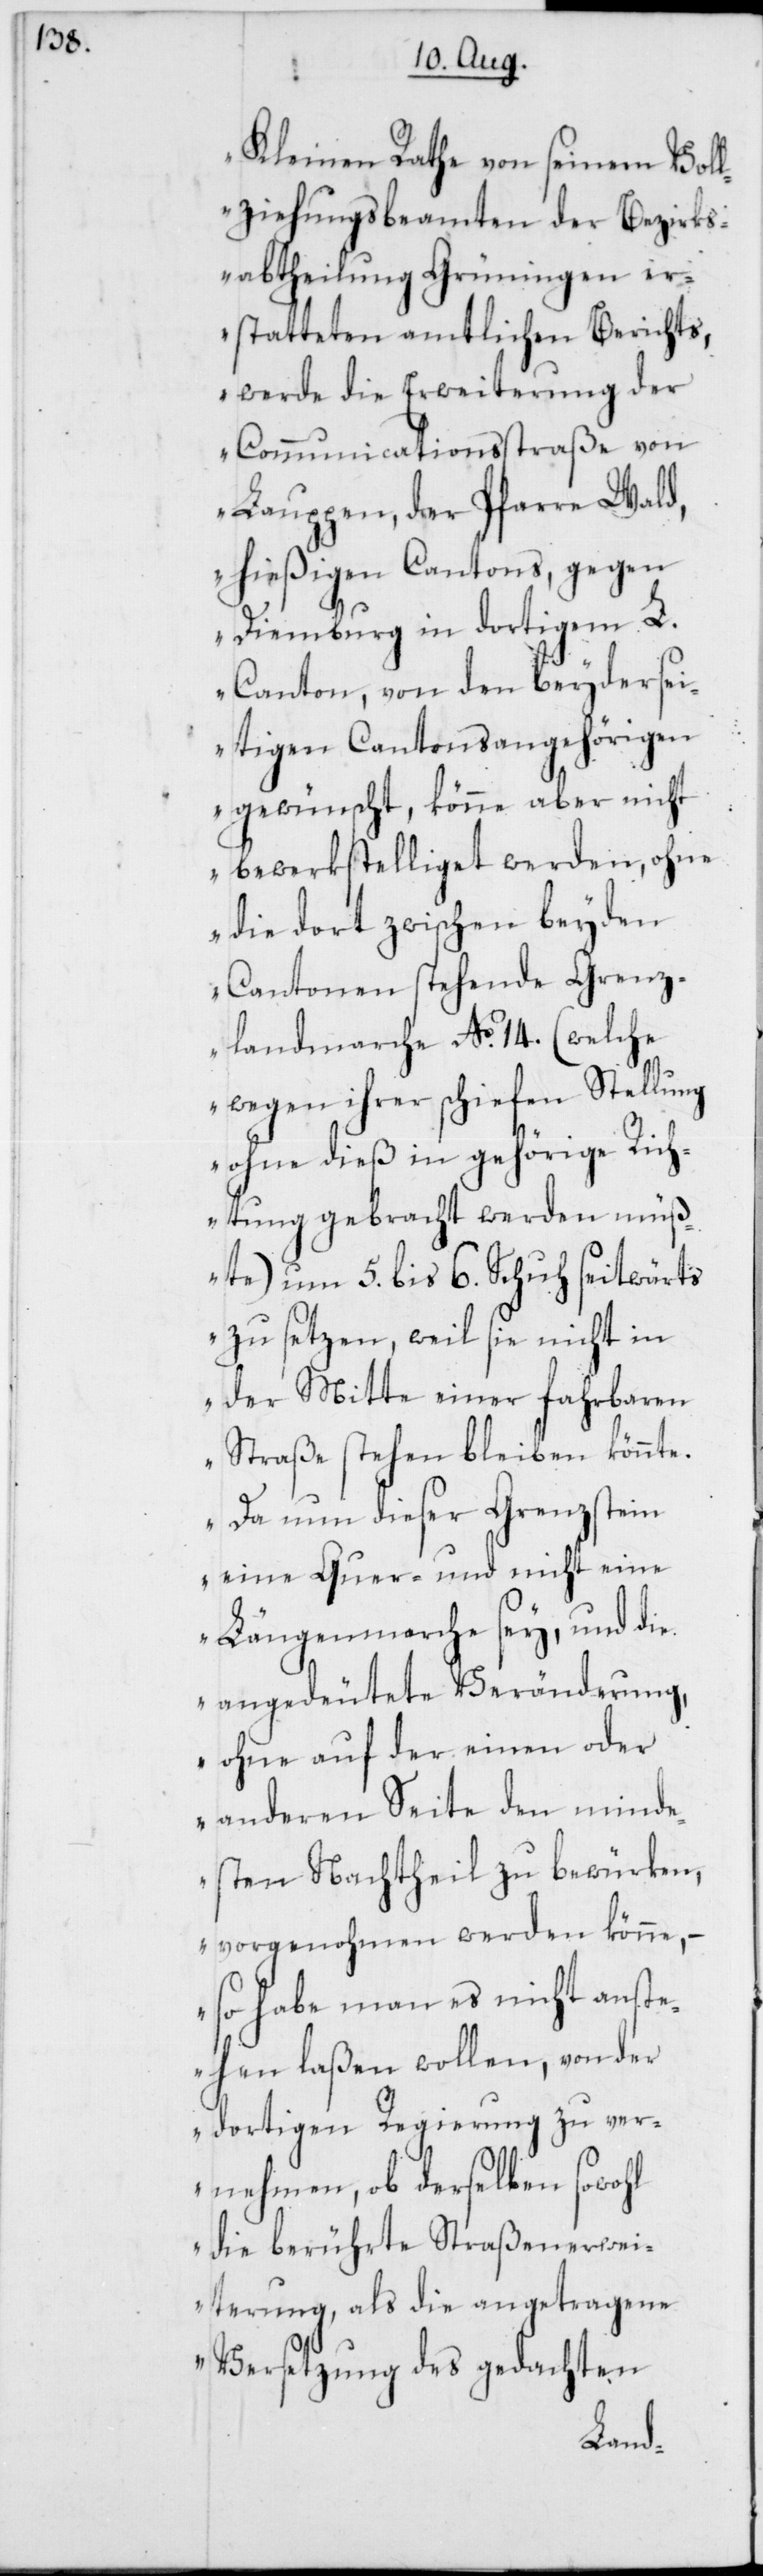
Kleinen Rathe von seinem Vol¬
lziehungsbeamten der Bezirks¬
abtheilung Grüningen er¬
statteten amtlichen Berichts,
werde die Erweiterung der
Communicationsstraße von
Lauppen, der Pfarre Wald,
hießigen Cantons, gegen
Diemburg in dortigem L.
Canton, von den beydersei¬
tigen Cantonsangehörigen
gewünscht, könne aber nich¬
t bewerkstelliget werden, ohne
die dort zwischen beyden
Cantonen stehende Grenz¬
landmarche No. 14. (welche
wegen ihrer schiefen Stellung
ohne dieß in gehörige Rich¬
tung gebracht werden müß¬
te) um 5. bis 6. Schuh seitwärts
zu setzen, weil sie nicht in
der Mitte einer fahrbaren
Straße stehen bleiben könnte.
Da nun dieser Grenzstein
eine Quer- und nicht eine
Längenmarche sey, und die
angedeutete Veränderung,
ohne auf der einen oder
anderen Seite den minde¬
sten Nachtheil zu bewürken,
vorgenohmen werden könne,
so habe man es nicht anste¬
hen laßen wollen, von der
dortigen Regierung zu ver¬
nehmen, ob derselben sowohl
die berührte Straßenerwei¬
terung, als die angetragene
Versetzung des gedachten